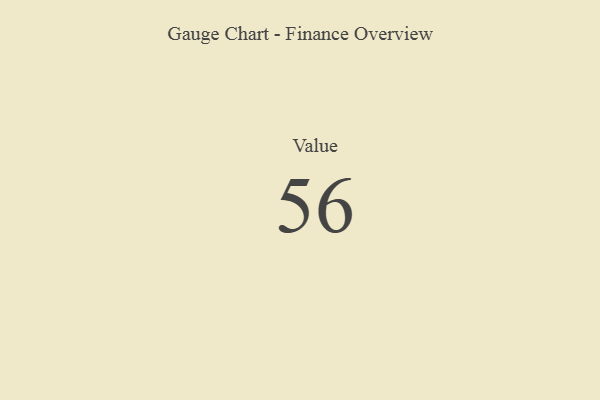
{"axis": {"x": "Metric", "y": "Value"}, "legend": [""], "data": [{"x": "Value", "y": 56, "type": ""}]}